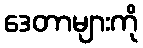
ဒေတာများကို